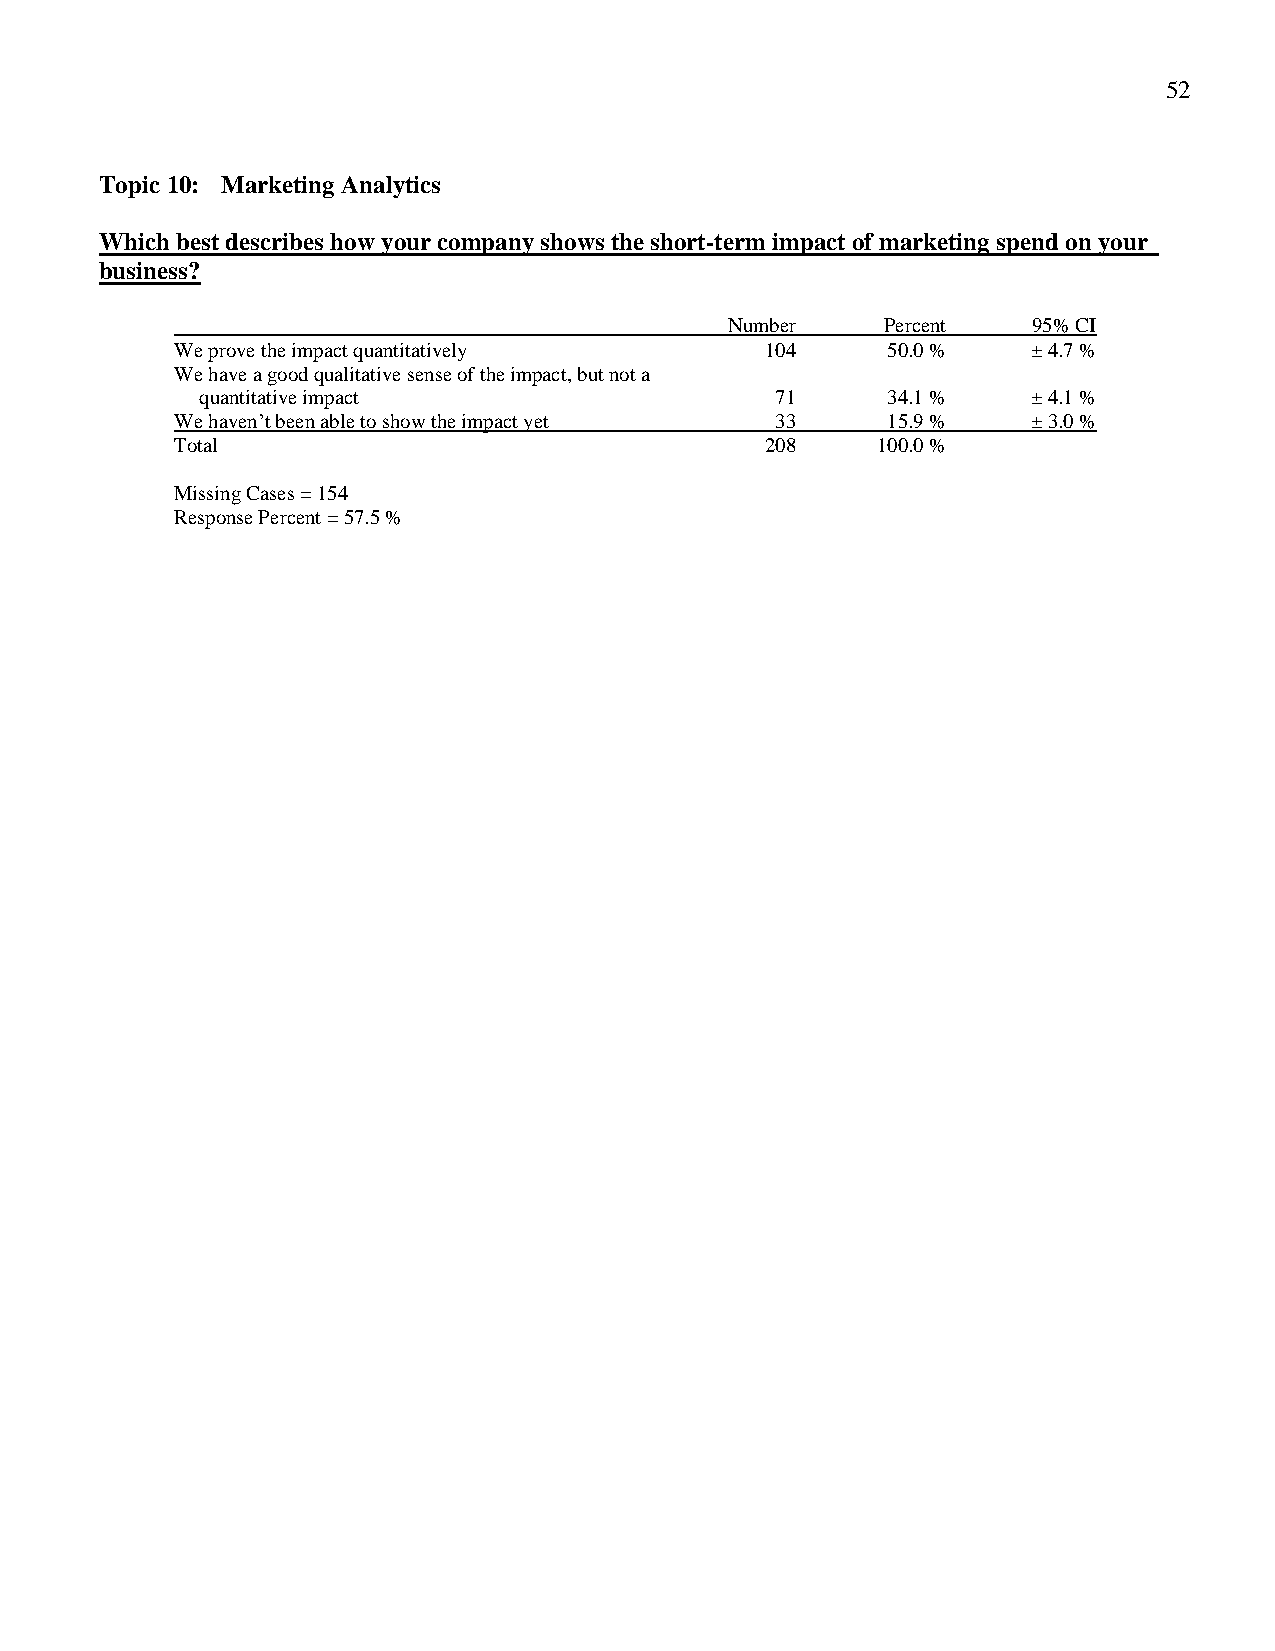
52
 Topic 10: Marketing Analytics
 Which best describes how your company shows the short-term impact of marketing spend on your
 business?
 Number     Percent  95% CI
 We prove the impact quantitatively     104     50.0 %   ± 4.7 %
 We have a good qualitative sense of the impact, but not a
 quantitative impact                   71      34.1 %   ± 4.1 %
 We haven’t been able to show the impact yet 33 15.9 %   ± 3.0 %
 Total                                  208    100.0 %
 Missing Cases = 154
 Response Percent = 57.5 %